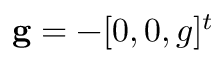
\mathbf { g } = - [ 0 , 0 , g ] ^ { t }